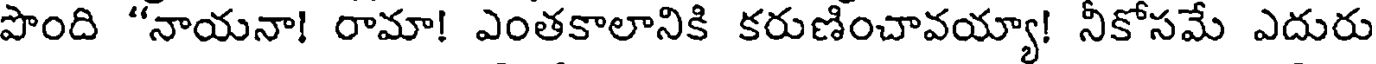
పొంది "నాయనా! రామా! ఎంతకాలానికి కరుణించావయ్యా! నీకోసమే ఎదురు